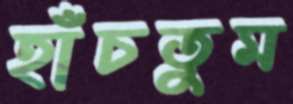
হাঁচতুম